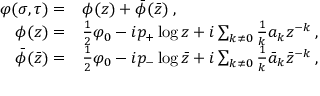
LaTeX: \begin{array} { r l } { { \displaystyle \varphi ( \sigma , \tau ) = } } & { { \phi ( z ) + \bar { \phi } ( \bar { z } ) \: , } } \\ { { \phi ( z ) = } } & { { \frac { 1 } { 2 } \varphi _ { 0 } - i p _ { + } \log z + i \sum _ { k \neq 0 } \frac { 1 } { k } a _ { k } z ^ { - k } \: , } } \\ { { \bar { \phi } ( \bar { z } ) = } } & { { \frac { 1 } { 2 } \varphi _ { 0 } - i p _ { - } \log \bar { z } + i \sum _ { k \neq 0 } \frac { 1 } { k } \bar { a } _ { k } \bar { z } ^ { - k } \: , } } \end{array}